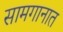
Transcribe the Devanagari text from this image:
सामगानात